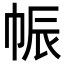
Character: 帪